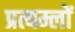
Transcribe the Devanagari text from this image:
प्रत्यम्लों